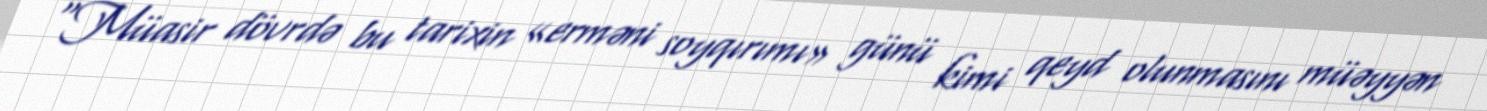
“Müasir dövrdə bu tarixin «erməni soyqırımı» günü kimi qeyd olunmasını müəyyən